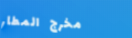
مخرج المطار